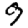
Digit: 9